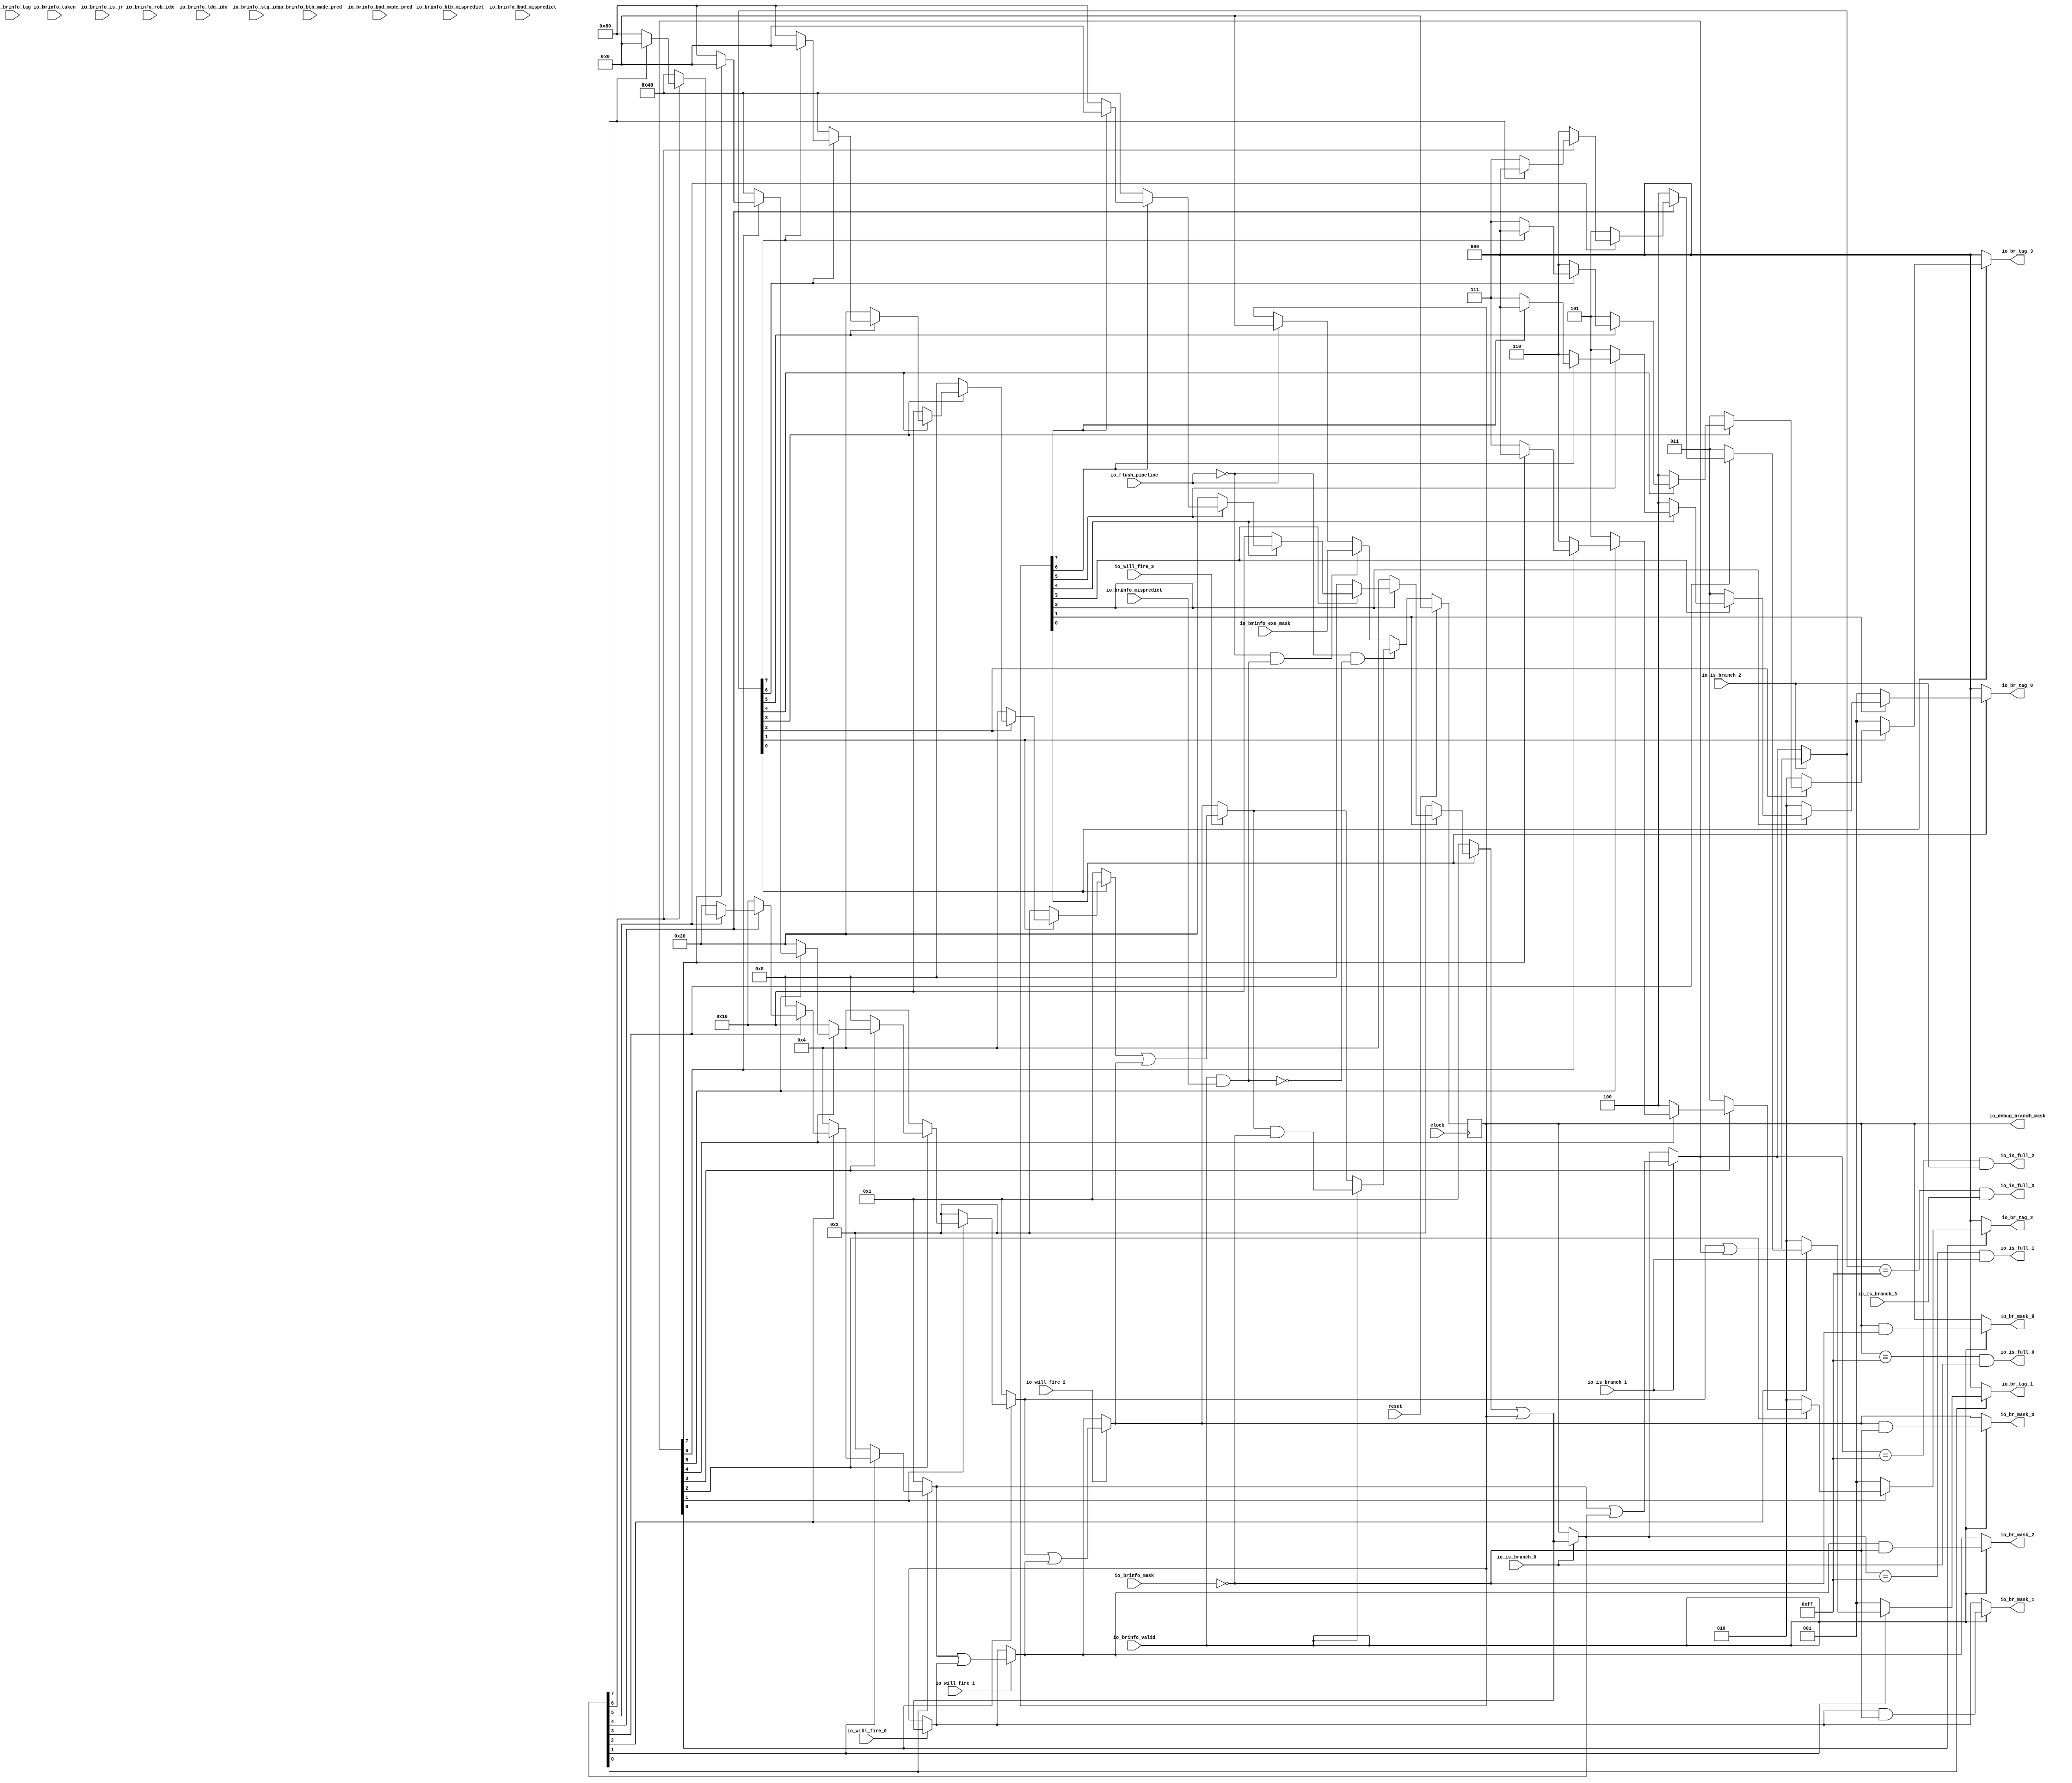
module BranchMaskGenerationLogic(
  input   clock,
  input   reset,
  input   io_is_branch_0,
  input   io_is_branch_1,
  input   io_is_branch_2,
  input   io_is_branch_3,
  input   io_will_fire_0,
  input   io_will_fire_1,
  input   io_will_fire_2,
  input   io_will_fire_3,
  output [2:0] io_br_tag_0,
  output [2:0] io_br_tag_1,
  output [2:0] io_br_tag_2,
  output [2:0] io_br_tag_3,
  output [7:0] io_br_mask_0,
  output [7:0] io_br_mask_1,
  output [7:0] io_br_mask_2,
  output [7:0] io_br_mask_3,
  output  io_is_full_0,
  output  io_is_full_1,
  output  io_is_full_2,
  output  io_is_full_3,
  input   io_brinfo_valid,
  input   io_brinfo_mispredict,
  input  [7:0] io_brinfo_mask,
  input  [2:0] io_brinfo_tag,
  input  [7:0] io_brinfo_exe_mask,
  input  [6:0] io_brinfo_rob_idx,
  input  [4:0] io_brinfo_ldq_idx,
  input  [4:0] io_brinfo_stq_idx,
  input   io_brinfo_taken,
  input   io_brinfo_is_jr,
  input   io_brinfo_btb_made_pred,
  input   io_brinfo_btb_mispredict,
  input   io_brinfo_bpd_made_pred,
  input   io_brinfo_bpd_mispredict,
  input   io_flush_pipeline,
  output [7:0] io_debug_branch_mask
);
  reg [7:0] branch_mask;
  reg [31:0] _GEN_67;
  wire [7:0] tag_masks_0;
  wire [7:0] tag_masks_1;
  wire [7:0] tag_masks_2;
  wire [7:0] tag_masks_3;
  wire  _T_80;
  wire  _T_81;
  wire [2:0] _T_83;
  wire  _T_86;
  wire  _T_87;
  wire [7:0] _T_91;
  wire [2:0] _GEN_0;
  wire [7:0] _GEN_1;
  wire  _T_92;
  wire  _T_93;
  wire [7:0] _T_97;
  wire [2:0] _GEN_2;
  wire [7:0] _GEN_3;
  wire  _T_98;
  wire  _T_99;
  wire [7:0] _T_103;
  wire [2:0] _GEN_4;
  wire [7:0] _GEN_5;
  wire  _T_104;
  wire  _T_105;
  wire [7:0] _T_109;
  wire [2:0] _GEN_6;
  wire [7:0] _GEN_7;
  wire  _T_110;
  wire  _T_111;
  wire [3:0] _T_115;
  wire [2:0] _GEN_8;
  wire [7:0] _GEN_9;
  wire  _T_116;
  wire  _T_117;
  wire [3:0] _T_121;
  wire [2:0] _GEN_10;
  wire [7:0] _GEN_11;
  wire  _T_122;
  wire  _T_123;
  wire [1:0] _T_127;
  wire [2:0] _GEN_12;
  wire [7:0] _GEN_13;
  wire  _T_128;
  wire  _T_129;
  wire [1:0] _T_133;
  wire [2:0] _GEN_14;
  wire [7:0] _GEN_15;
  wire [7:0] _T_134;
  wire [7:0] _T_135;
  wire  _T_138;
  wire  _T_139;
  wire [2:0] _T_141;
  wire  _T_144;
  wire  _T_145;
  wire [2:0] _GEN_16;
  wire [7:0] _GEN_17;
  wire  _T_150;
  wire  _T_151;
  wire [2:0] _GEN_18;
  wire [7:0] _GEN_19;
  wire  _T_156;
  wire  _T_157;
  wire [2:0] _GEN_20;
  wire [7:0] _GEN_21;
  wire  _T_162;
  wire  _T_163;
  wire [2:0] _GEN_22;
  wire [7:0] _GEN_23;
  wire  _T_168;
  wire  _T_169;
  wire [2:0] _GEN_24;
  wire [7:0] _GEN_25;
  wire  _T_174;
  wire  _T_175;
  wire [2:0] _GEN_26;
  wire [7:0] _GEN_27;
  wire  _T_180;
  wire  _T_181;
  wire [2:0] _GEN_28;
  wire [7:0] _GEN_29;
  wire  _T_186;
  wire  _T_187;
  wire [2:0] _GEN_30;
  wire [7:0] _GEN_31;
  wire [7:0] _T_192;
  wire [7:0] _T_193;
  wire  _T_196;
  wire  _T_197;
  wire [2:0] _T_199;
  wire  _T_202;
  wire  _T_203;
  wire [2:0] _GEN_32;
  wire [7:0] _GEN_33;
  wire  _T_208;
  wire  _T_209;
  wire [2:0] _GEN_34;
  wire [7:0] _GEN_35;
  wire  _T_214;
  wire  _T_215;
  wire [2:0] _GEN_36;
  wire [7:0] _GEN_37;
  wire  _T_220;
  wire  _T_221;
  wire [2:0] _GEN_38;
  wire [7:0] _GEN_39;
  wire  _T_226;
  wire  _T_227;
  wire [2:0] _GEN_40;
  wire [7:0] _GEN_41;
  wire  _T_232;
  wire  _T_233;
  wire [2:0] _GEN_42;
  wire [7:0] _GEN_43;
  wire  _T_238;
  wire  _T_239;
  wire [2:0] _GEN_44;
  wire [7:0] _GEN_45;
  wire  _T_244;
  wire  _T_245;
  wire [2:0] _GEN_46;
  wire [7:0] _GEN_47;
  wire [7:0] _T_250;
  wire [7:0] _T_251;
  wire  _T_254;
  wire  _T_255;
  wire [2:0] _T_257;
  wire  _T_260;
  wire  _T_261;
  wire [2:0] _GEN_48;
  wire [7:0] _GEN_49;
  wire  _T_266;
  wire  _T_267;
  wire [2:0] _GEN_50;
  wire [7:0] _GEN_51;
  wire  _T_272;
  wire  _T_273;
  wire [2:0] _GEN_52;
  wire [7:0] _GEN_53;
  wire  _T_278;
  wire  _T_279;
  wire [2:0] _GEN_54;
  wire [7:0] _GEN_55;
  wire  _T_284;
  wire  _T_285;
  wire [2:0] _GEN_56;
  wire [7:0] _GEN_57;
  wire  _T_290;
  wire  _T_291;
  wire [2:0] _GEN_58;
  wire [7:0] _GEN_59;
  wire  _T_296;
  wire  _T_297;
  wire [2:0] _GEN_60;
  wire [7:0] _GEN_61;
  wire  _T_302;
  wire  _T_303;
  wire [2:0] _GEN_62;
  wire [7:0] _GEN_63;
  wire [7:0] _T_309;
  wire [7:0] _T_310;
  wire [7:0] _T_311;
  wire [7:0] _T_313;
  wire [7:0] _T_315;
  wire [7:0] _T_316;
  wire [7:0] _T_317;
  wire [7:0] _T_318;
  wire [7:0] _T_320;
  wire [7:0] _T_321;
  wire [7:0] _T_322;
  wire [7:0] _T_323;
  wire [7:0] _T_325;
  wire [7:0] _T_326;
  wire [7:0] _T_327;
  wire [7:0] curr_mask;
  wire [7:0] _GEN_64;
  wire  _T_329;
  wire  _T_331;
  wire  _T_332;
  wire [7:0] _GEN_65;
  wire  _T_336;
  wire  _T_337;
  wire [7:0] _T_339;
  wire [7:0] _T_340;
  wire [7:0] _GEN_66;
  assign io_br_tag_0 = _T_83;
  assign io_br_tag_1 = _T_141;
  assign io_br_tag_2 = _T_199;
  assign io_br_tag_3 = _T_257;
  assign io_br_mask_0 = _T_311;
  assign io_br_mask_1 = _T_316;
  assign io_br_mask_2 = _T_321;
  assign io_br_mask_3 = _T_326;
  assign io_is_full_0 = _T_81;
  assign io_is_full_1 = _T_139;
  assign io_is_full_2 = _T_197;
  assign io_is_full_3 = _T_255;
  assign io_debug_branch_mask = branch_mask;
  assign tag_masks_0 = _GEN_15;
  assign tag_masks_1 = _GEN_31;
  assign tag_masks_2 = _GEN_47;
  assign tag_masks_3 = _GEN_63;
  assign _T_80 = branch_mask == 8'hff;
  assign _T_81 = _T_80 & io_is_branch_0;
  assign _T_83 = _GEN_14;
  assign _T_86 = branch_mask[7];
  assign _T_87 = ~ _T_86;
  assign _T_91 = 8'h1 << 3'h7;
  assign _GEN_0 = _T_87 ? 3'h7 : 3'h0;
  assign _GEN_1 = _T_87 ? _T_91 : 8'h0;
  assign _T_92 = branch_mask[6];
  assign _T_93 = ~ _T_92;
  assign _T_97 = 8'h1 << 3'h6;
  assign _GEN_2 = _T_93 ? 3'h6 : _GEN_0;
  assign _GEN_3 = _T_93 ? _T_97 : _GEN_1;
  assign _T_98 = branch_mask[5];
  assign _T_99 = ~ _T_98;
  assign _T_103 = 8'h1 << 3'h5;
  assign _GEN_4 = _T_99 ? 3'h5 : _GEN_2;
  assign _GEN_5 = _T_99 ? _T_103 : _GEN_3;
  assign _T_104 = branch_mask[4];
  assign _T_105 = ~ _T_104;
  assign _T_109 = 8'h1 << 3'h4;
  assign _GEN_6 = _T_105 ? 3'h4 : _GEN_4;
  assign _GEN_7 = _T_105 ? _T_109 : _GEN_5;
  assign _T_110 = branch_mask[3];
  assign _T_111 = ~ _T_110;
  assign _T_115 = 4'h1 << 2'h3;
  assign _GEN_8 = _T_111 ? 3'h3 : _GEN_6;
  assign _GEN_9 = _T_111 ? {{4'd0}, _T_115} : _GEN_7;
  assign _T_116 = branch_mask[2];
  assign _T_117 = ~ _T_116;
  assign _T_121 = 4'h1 << 2'h2;
  assign _GEN_10 = _T_117 ? 3'h2 : _GEN_8;
  assign _GEN_11 = _T_117 ? {{4'd0}, _T_121} : _GEN_9;
  assign _T_122 = branch_mask[1];
  assign _T_123 = ~ _T_122;
  assign _T_127 = 2'h1 << 1'h1;
  assign _GEN_12 = _T_123 ? 3'h1 : _GEN_10;
  assign _GEN_13 = _T_123 ? {{6'd0}, _T_127} : _GEN_11;
  assign _T_128 = branch_mask[0];
  assign _T_129 = ~ _T_128;
  assign _T_133 = 2'h1 << 1'h0;
  assign _GEN_14 = _T_129 ? 3'h0 : _GEN_12;
  assign _GEN_15 = _T_129 ? {{6'd0}, _T_133} : _GEN_13;
  assign _T_134 = tag_masks_0 | branch_mask;
  assign _T_135 = io_is_branch_0 ? _T_134 : branch_mask;
  assign _T_138 = _T_135 == 8'hff;
  assign _T_139 = _T_138 & io_is_branch_1;
  assign _T_141 = _GEN_30;
  assign _T_144 = _T_135[7];
  assign _T_145 = ~ _T_144;
  assign _GEN_16 = _T_145 ? 3'h7 : 3'h0;
  assign _GEN_17 = _T_145 ? _T_91 : 8'h0;
  assign _T_150 = _T_135[6];
  assign _T_151 = ~ _T_150;
  assign _GEN_18 = _T_151 ? 3'h6 : _GEN_16;
  assign _GEN_19 = _T_151 ? _T_97 : _GEN_17;
  assign _T_156 = _T_135[5];
  assign _T_157 = ~ _T_156;
  assign _GEN_20 = _T_157 ? 3'h5 : _GEN_18;
  assign _GEN_21 = _T_157 ? _T_103 : _GEN_19;
  assign _T_162 = _T_135[4];
  assign _T_163 = ~ _T_162;
  assign _GEN_22 = _T_163 ? 3'h4 : _GEN_20;
  assign _GEN_23 = _T_163 ? _T_109 : _GEN_21;
  assign _T_168 = _T_135[3];
  assign _T_169 = ~ _T_168;
  assign _GEN_24 = _T_169 ? 3'h3 : _GEN_22;
  assign _GEN_25 = _T_169 ? {{4'd0}, _T_115} : _GEN_23;
  assign _T_174 = _T_135[2];
  assign _T_175 = ~ _T_174;
  assign _GEN_26 = _T_175 ? 3'h2 : _GEN_24;
  assign _GEN_27 = _T_175 ? {{4'd0}, _T_121} : _GEN_25;
  assign _T_180 = _T_135[1];
  assign _T_181 = ~ _T_180;
  assign _GEN_28 = _T_181 ? 3'h1 : _GEN_26;
  assign _GEN_29 = _T_181 ? {{6'd0}, _T_127} : _GEN_27;
  assign _T_186 = _T_135[0];
  assign _T_187 = ~ _T_186;
  assign _GEN_30 = _T_187 ? 3'h0 : _GEN_28;
  assign _GEN_31 = _T_187 ? {{6'd0}, _T_133} : _GEN_29;
  assign _T_192 = tag_masks_1 | _T_135;
  assign _T_193 = io_is_branch_1 ? _T_192 : _T_135;
  assign _T_196 = _T_193 == 8'hff;
  assign _T_197 = _T_196 & io_is_branch_2;
  assign _T_199 = _GEN_46;
  assign _T_202 = _T_193[7];
  assign _T_203 = ~ _T_202;
  assign _GEN_32 = _T_203 ? 3'h7 : 3'h0;
  assign _GEN_33 = _T_203 ? _T_91 : 8'h0;
  assign _T_208 = _T_193[6];
  assign _T_209 = ~ _T_208;
  assign _GEN_34 = _T_209 ? 3'h6 : _GEN_32;
  assign _GEN_35 = _T_209 ? _T_97 : _GEN_33;
  assign _T_214 = _T_193[5];
  assign _T_215 = ~ _T_214;
  assign _GEN_36 = _T_215 ? 3'h5 : _GEN_34;
  assign _GEN_37 = _T_215 ? _T_103 : _GEN_35;
  assign _T_220 = _T_193[4];
  assign _T_221 = ~ _T_220;
  assign _GEN_38 = _T_221 ? 3'h4 : _GEN_36;
  assign _GEN_39 = _T_221 ? _T_109 : _GEN_37;
  assign _T_226 = _T_193[3];
  assign _T_227 = ~ _T_226;
  assign _GEN_40 = _T_227 ? 3'h3 : _GEN_38;
  assign _GEN_41 = _T_227 ? {{4'd0}, _T_115} : _GEN_39;
  assign _T_232 = _T_193[2];
  assign _T_233 = ~ _T_232;
  assign _GEN_42 = _T_233 ? 3'h2 : _GEN_40;
  assign _GEN_43 = _T_233 ? {{4'd0}, _T_121} : _GEN_41;
  assign _T_238 = _T_193[1];
  assign _T_239 = ~ _T_238;
  assign _GEN_44 = _T_239 ? 3'h1 : _GEN_42;
  assign _GEN_45 = _T_239 ? {{6'd0}, _T_127} : _GEN_43;
  assign _T_244 = _T_193[0];
  assign _T_245 = ~ _T_244;
  assign _GEN_46 = _T_245 ? 3'h0 : _GEN_44;
  assign _GEN_47 = _T_245 ? {{6'd0}, _T_133} : _GEN_45;
  assign _T_250 = tag_masks_2 | _T_193;
  assign _T_251 = io_is_branch_2 ? _T_250 : _T_193;
  assign _T_254 = _T_251 == 8'hff;
  assign _T_255 = _T_254 & io_is_branch_3;
  assign _T_257 = _GEN_62;
  assign _T_260 = _T_251[7];
  assign _T_261 = ~ _T_260;
  assign _GEN_48 = _T_261 ? 3'h7 : 3'h0;
  assign _GEN_49 = _T_261 ? _T_91 : 8'h0;
  assign _T_266 = _T_251[6];
  assign _T_267 = ~ _T_266;
  assign _GEN_50 = _T_267 ? 3'h6 : _GEN_48;
  assign _GEN_51 = _T_267 ? _T_97 : _GEN_49;
  assign _T_272 = _T_251[5];
  assign _T_273 = ~ _T_272;
  assign _GEN_52 = _T_273 ? 3'h5 : _GEN_50;
  assign _GEN_53 = _T_273 ? _T_103 : _GEN_51;
  assign _T_278 = _T_251[4];
  assign _T_279 = ~ _T_278;
  assign _GEN_54 = _T_279 ? 3'h4 : _GEN_52;
  assign _GEN_55 = _T_279 ? _T_109 : _GEN_53;
  assign _T_284 = _T_251[3];
  assign _T_285 = ~ _T_284;
  assign _GEN_56 = _T_285 ? 3'h3 : _GEN_54;
  assign _GEN_57 = _T_285 ? {{4'd0}, _T_115} : _GEN_55;
  assign _T_290 = _T_251[2];
  assign _T_291 = ~ _T_290;
  assign _GEN_58 = _T_291 ? 3'h2 : _GEN_56;
  assign _GEN_59 = _T_291 ? {{4'd0}, _T_121} : _GEN_57;
  assign _T_296 = _T_251[1];
  assign _T_297 = ~ _T_296;
  assign _GEN_60 = _T_297 ? 3'h1 : _GEN_58;
  assign _GEN_61 = _T_297 ? {{6'd0}, _T_127} : _GEN_59;
  assign _T_302 = _T_251[0];
  assign _T_303 = ~ _T_302;
  assign _GEN_62 = _T_303 ? 3'h0 : _GEN_60;
  assign _GEN_63 = _T_303 ? {{6'd0}, _T_133} : _GEN_61;
  assign _T_309 = ~ io_brinfo_mask;
  assign _T_310 = branch_mask & _T_309;
  assign _T_311 = io_brinfo_valid ? _T_310 : branch_mask;
  assign _T_313 = io_will_fire_0 ? _T_134 : branch_mask;
  assign _T_315 = _T_313 & _T_309;
  assign _T_316 = io_brinfo_valid ? _T_315 : _T_313;
  assign _T_317 = tag_masks_1 | _T_313;
  assign _T_318 = io_will_fire_1 ? _T_317 : _T_313;
  assign _T_320 = _T_318 & _T_309;
  assign _T_321 = io_brinfo_valid ? _T_320 : _T_318;
  assign _T_322 = tag_masks_2 | _T_318;
  assign _T_323 = io_will_fire_2 ? _T_322 : _T_318;
  assign _T_325 = _T_323 & _T_309;
  assign _T_326 = io_brinfo_valid ? _T_325 : _T_323;
  assign _T_327 = tag_masks_3 | _T_323;
  assign curr_mask = io_will_fire_3 ? _T_327 : _T_323;
  assign _GEN_64 = io_flush_pipeline ? 8'h0 : branch_mask;
  assign _T_329 = io_brinfo_valid & io_brinfo_mispredict;
  assign _T_331 = io_flush_pipeline == 1'h0;
  assign _T_332 = _T_331 & _T_329;
  assign _GEN_65 = _T_332 ? io_brinfo_exe_mask : _GEN_64;
  assign _T_336 = _T_329 == 1'h0;
  assign _T_337 = _T_331 & _T_336;
  assign _T_339 = curr_mask & _T_309;
  assign _T_340 = io_brinfo_valid ? _T_339 : curr_mask;
  assign _GEN_66 = _T_337 ? _T_340 : _GEN_65;
`ifdef RANDOMIZE
  integer initvar;
  initial begin
    `ifndef verilator
      #0.002 begin end
    `endif
  `ifdef RANDOMIZE_REG_INIT
  _GEN_67 = {1{$random}};
  branch_mask = _GEN_67[7:0];
  `endif
  end
`endif
  always @(posedge clock) begin
    if (reset) begin
      branch_mask <= 8'h0;
    end else begin
      if (_T_337) begin
        if (io_brinfo_valid) begin
          branch_mask <= _T_339;
        end else begin
          if (io_will_fire_3) begin
            branch_mask <= _T_327;
          end else begin
            if (io_will_fire_2) begin
              branch_mask <= _T_322;
            end else begin
              if (io_will_fire_1) begin
                branch_mask <= _T_317;
              end else begin
                if (io_will_fire_0) begin
                  branch_mask <= _T_134;
                end
              end
            end
          end
        end
      end else begin
        if (_T_332) begin
          branch_mask <= io_brinfo_exe_mask;
        end else begin
          if (io_flush_pipeline) begin
            branch_mask <= 8'h0;
          end
        end
      end
    end
  end
endmodule